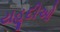
યહૂદીઓ